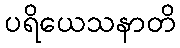
ပရိယေသနာတိ